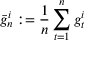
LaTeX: { \bar { g } } _ { n } ^ { i } : = { \frac { 1 } { n } } \sum _ { t = 1 } ^ { n } g _ { t } ^ { i }